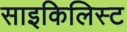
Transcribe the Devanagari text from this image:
साइकिलिस्ट